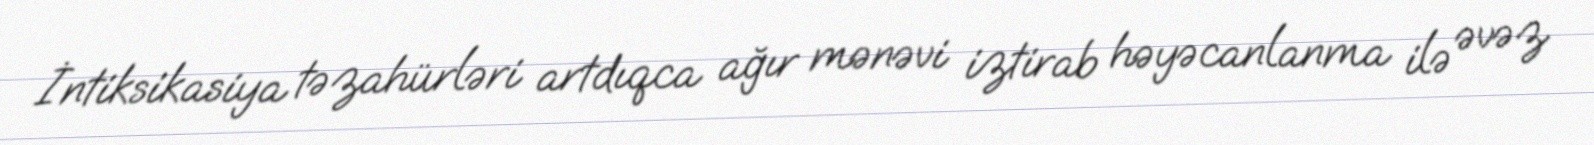
İntiksikasiya təzahürləri artdıqca ağır mənəvi iztirab həyəcanlanma ilə əvəz